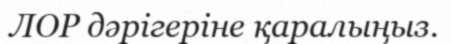
ЛОР дәрігеріне қаралыңыз.